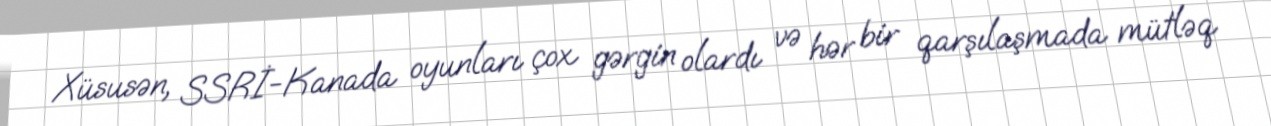
Xüsusən, SSRİ-Kanada oyunları çox gərgin olardı və hər bir qarşılaşmada mütləq